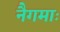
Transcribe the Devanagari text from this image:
नैगमाः